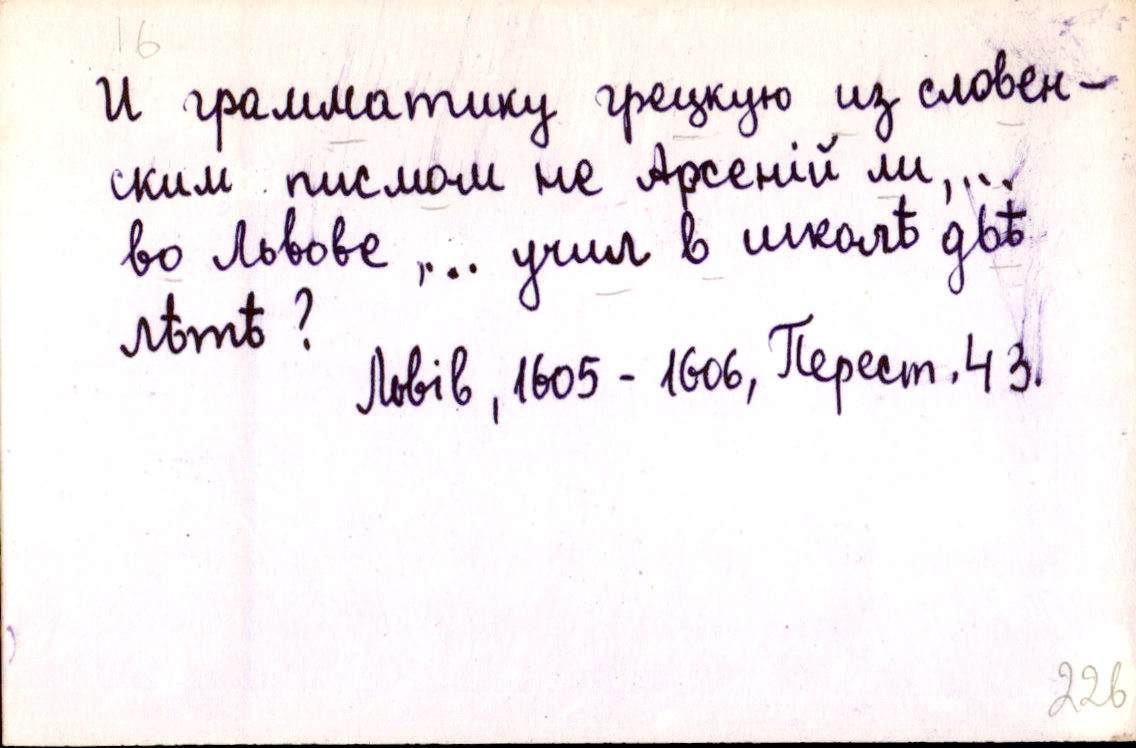
И граммaтику грецкую из словен-
ским писмом не Арсеній ли, …
во Львове, … учил в школѣ двѣ
лѣтѣ?
Львів, 1605-1606, Перест. 43.